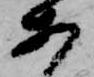
あ